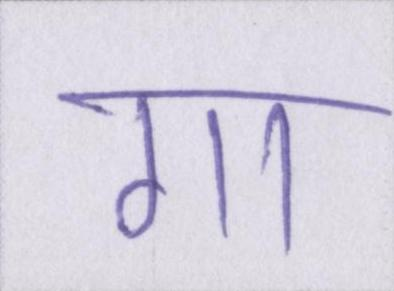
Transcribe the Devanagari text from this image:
गा